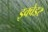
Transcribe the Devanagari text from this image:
इक्वेडर